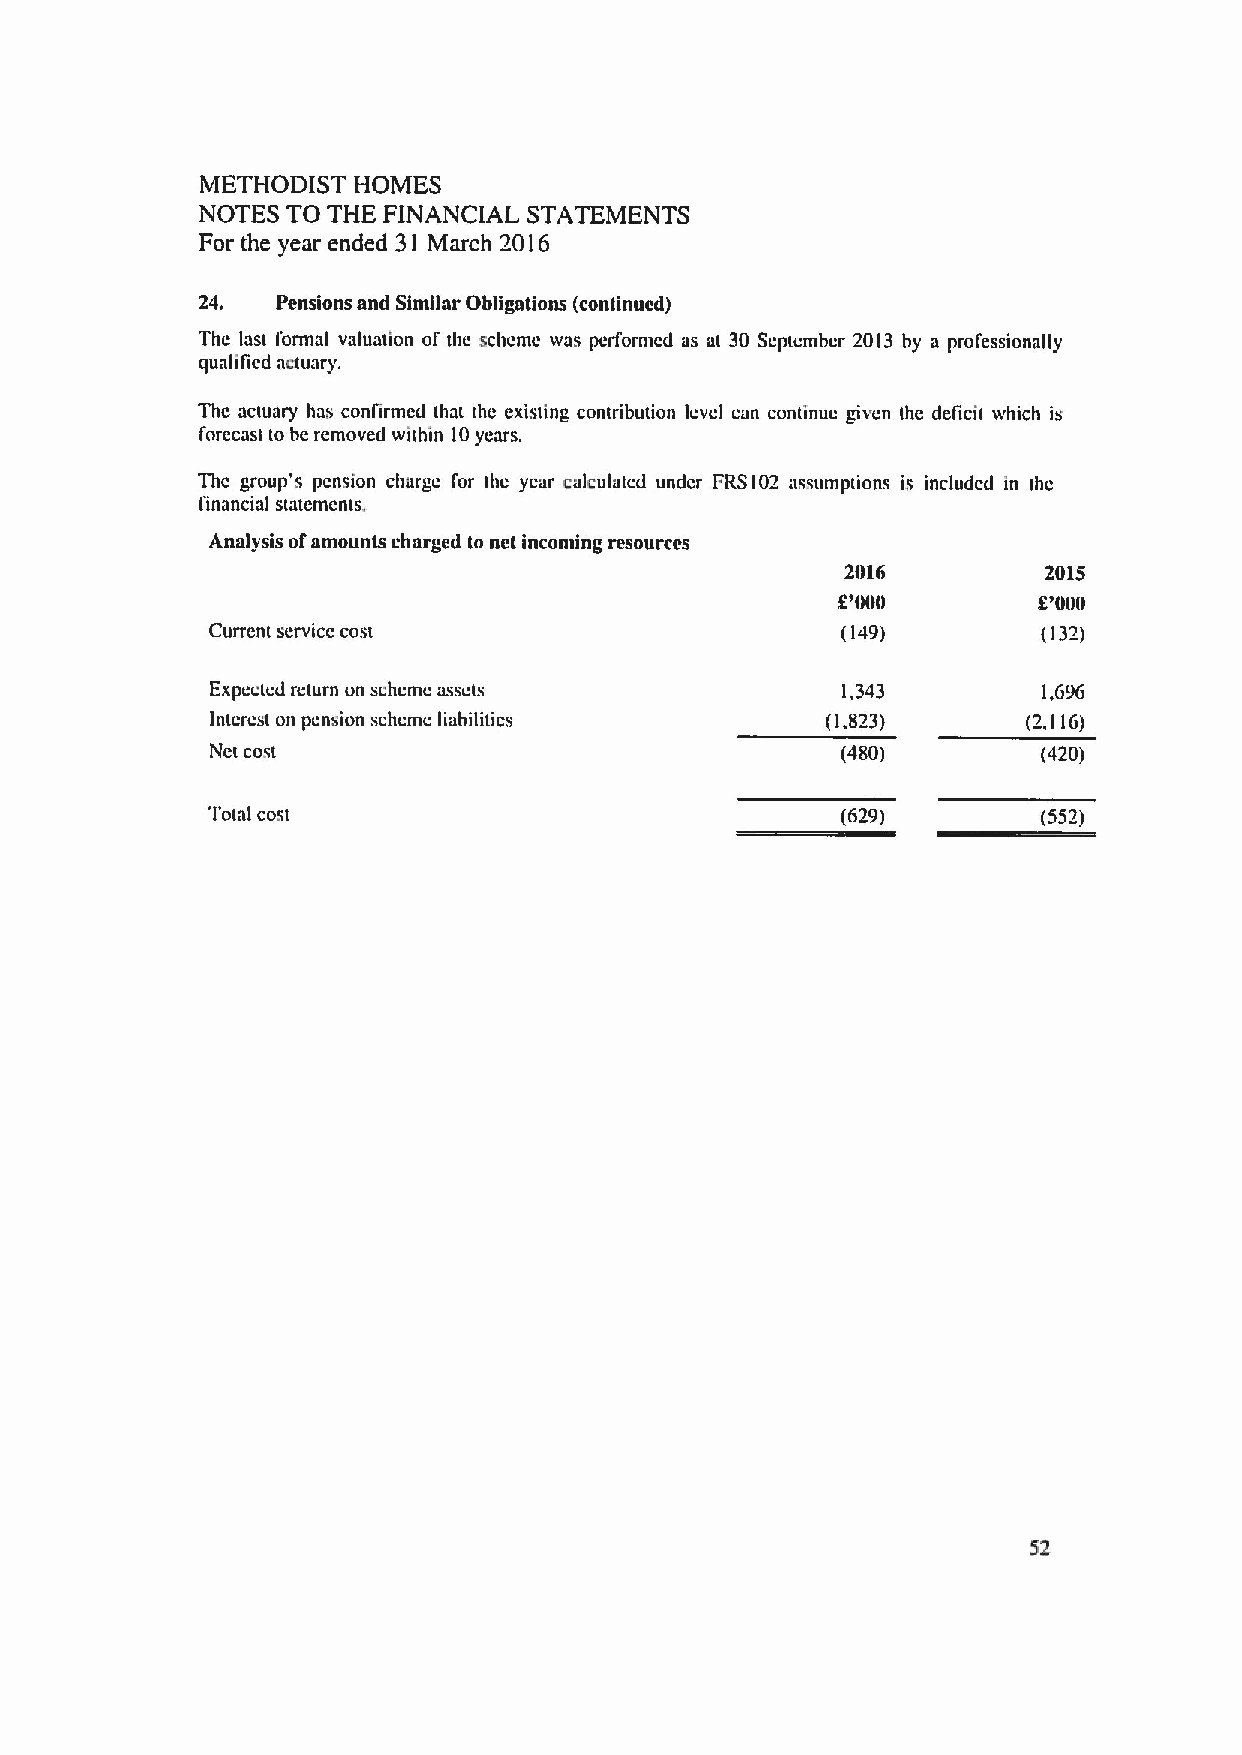
METHODIST HOMES
 NOTES TO THE FINANCIAL STATEMENTS
 For the year ended 31 March 2016
 24.  Pensions and Similar Obligations (continued)
 Thc last formal valuation of the scheme was performed as at 30 September 2013 by a prot'essionally
 qualified actuary.
 Thc actuary has conftrmed that the existing contribution level can continue given the delicit which is
 forecast to be removed within 10years.
 Thc group's pension charge I'or thc year calculated under PRS102 assumptions is included in thc
 ltnancial statements.
 Analysis ofamounts charged to net inconting resources
 2016         2015
 OOOO          g't)00
 Current service cost                      (149)        (132)
 Expected return on scheme assets          1,343        1,696
 lntcrcst on pension schcmc liabilities   (1.823)      (2,116)
 Net cost                                  (480)        (420)
 Total cost                                (629)        (552)
 52